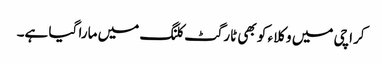
کراچی میں وکلاء کو بھی ٹارگٹ کلنگ میں مارا گیا ہے۔